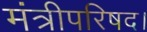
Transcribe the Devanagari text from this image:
मंत्रीपरिषद।